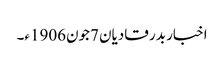
اخبار بدر قادیان 7جون1906ء۔